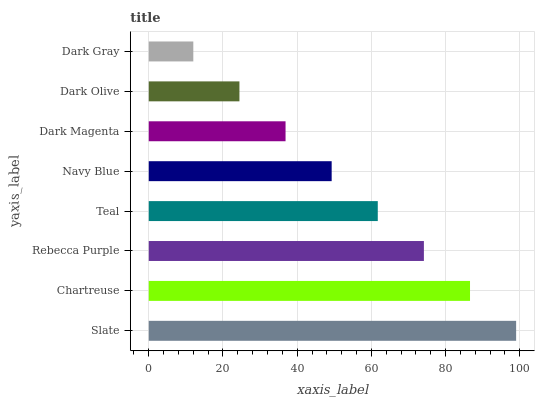
| yaxis_label | bars |
 | --- | --- |
 | Slate | 99 |
 | Chartreuse | 86.6 |
 | Rebecca Purple | 74.1 |
 | Teal | 61.7 |
 | Navy Blue | 49.3 |
 | Dark Magenta | 36.9 |
 | Dark Olive | 24.4 |
 | Dark Gray | 12 |